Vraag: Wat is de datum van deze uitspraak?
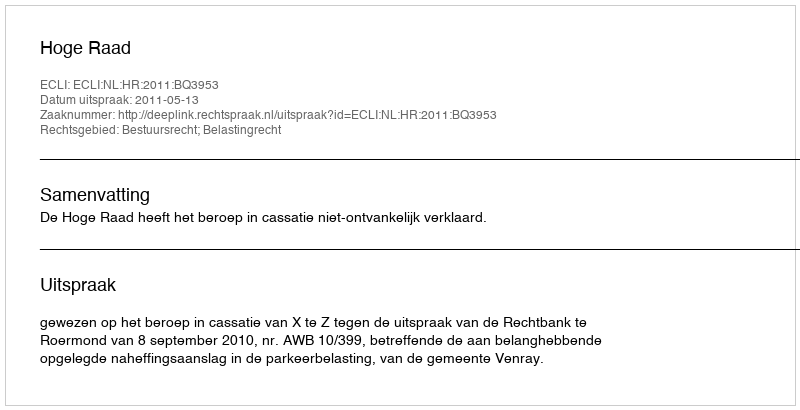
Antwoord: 2011-05-13